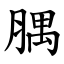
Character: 腢